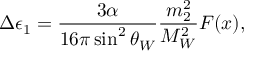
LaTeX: \Delta \epsilon _ { 1 } = { \frac { 3 \alpha } { 1 6 \pi \sin ^ { 2 } \theta _ { W } } } { \frac { m _ { 2 } ^ { 2 } } { M _ { W } ^ { 2 } } } F ( x ) ,